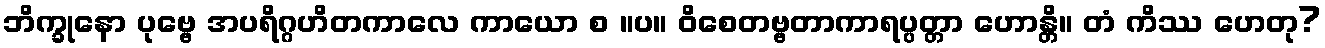
ဘိက္ခုနော ပုဗ္ဗေ အပရိဂ္ဂဟိတကာလေ ကာယော စ ။ပ။ ဝိစေတဗ္ဗတာကာရပ္ပတ္တာ ဟောန္တိ။ တံ ကိဿ ဟေတု?